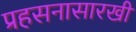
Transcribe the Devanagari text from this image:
प्रहसनासारखी